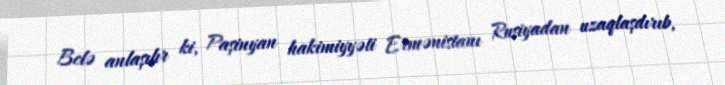
Belə anlaşılır ki, Paşinyan hakimiyyəti Ermənistanı Rusiyadan uzaqlaşdırıb,